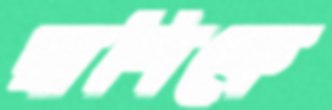
রাশিকে